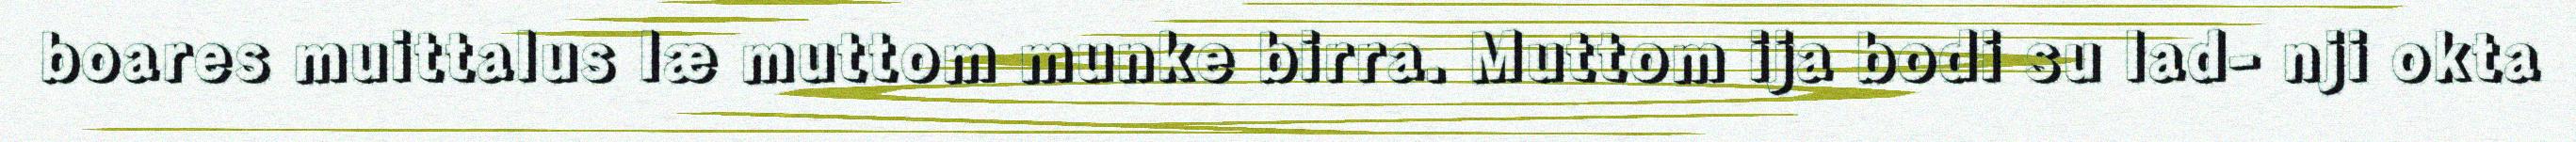
boares muittalus læ muttom munke birra. Muttom ija bodi su lad- nji okta